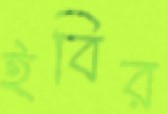
ইবির